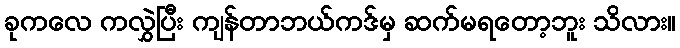
ခုကလေ ကလွှဲပြီး ကျန်တာဘယ်ကဒ်မှ ဆက်မရတော့ဘူး သိလား။